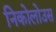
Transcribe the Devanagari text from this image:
निकोलोउस